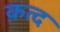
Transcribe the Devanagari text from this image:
क़त्द